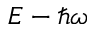
E - \hbar \omega